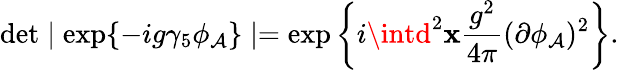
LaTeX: \operatorname*{det}\mid\exp\{ -ig\gamma_{5}\phi_{\mathcal{A}}\} \mid=\exp\left\{ i\intd^{2}\mathbf{x}\frac{{g^{2}}}{{4\pi}}(\partial\phi_{\mathcal{A}})^{2}\right\} .